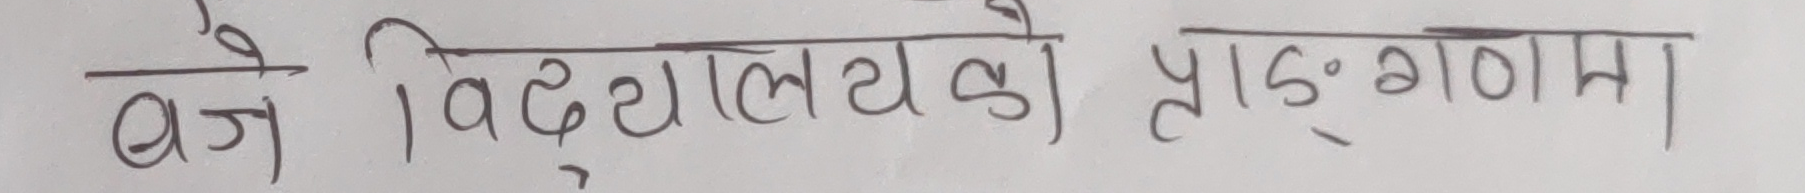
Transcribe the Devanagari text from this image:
बजे विधालयको प्राङ्गणमा